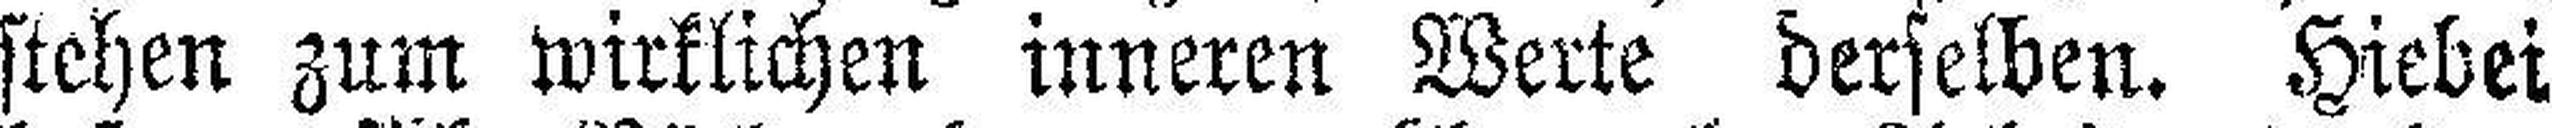
stehen zum wirklichen inneren Werte derselben. Hiebei